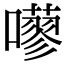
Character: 𡂕